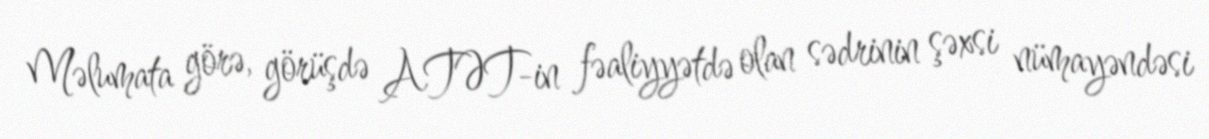
Məlumata görə, görüşdə ATƏT-in fəaliyyətdə olan sədrinin şəxsi nümayəndəsi